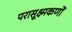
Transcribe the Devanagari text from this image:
परासूक्ष्मकणों